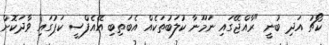
ކޯޗު އަދި ބުނީ "ރާއްޖޭގައި ނަމޫނާ ކުލަބުތަކެއް އެބަތިބި އޭއެފްސީ ކަޕުގައި ވާދަކޮށް